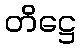
တိဋ္ဌေ